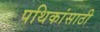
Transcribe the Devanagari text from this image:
पथिकांसाठी